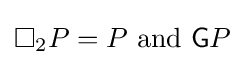
\Box _{2}P=P{\text{ and }}{\mathsf {G}}P